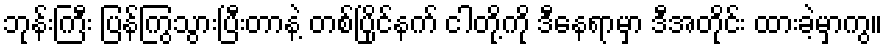
ဘုန်းကြီး ပြန်ကြွသွားပြီးတာနဲ့ တစ်ပြိုင်နက် ငါတို့ကို ဒီနေရာမှာ ဒီအတိုင်း ထားခဲ့မှာကွ။